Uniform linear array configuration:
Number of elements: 64
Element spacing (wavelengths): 0.5
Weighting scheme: binomial
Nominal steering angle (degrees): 15
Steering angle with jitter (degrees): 13.824
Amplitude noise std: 0.05
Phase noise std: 0.05

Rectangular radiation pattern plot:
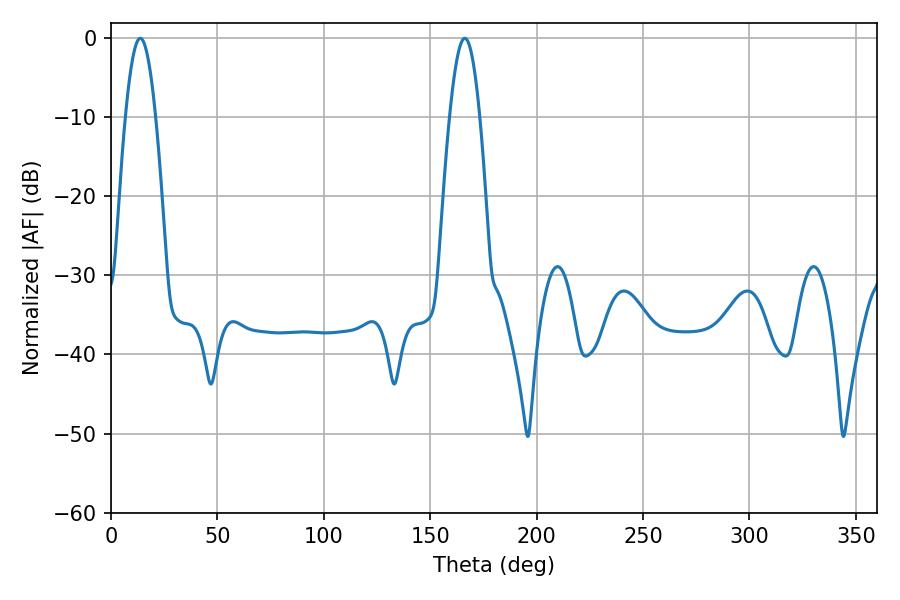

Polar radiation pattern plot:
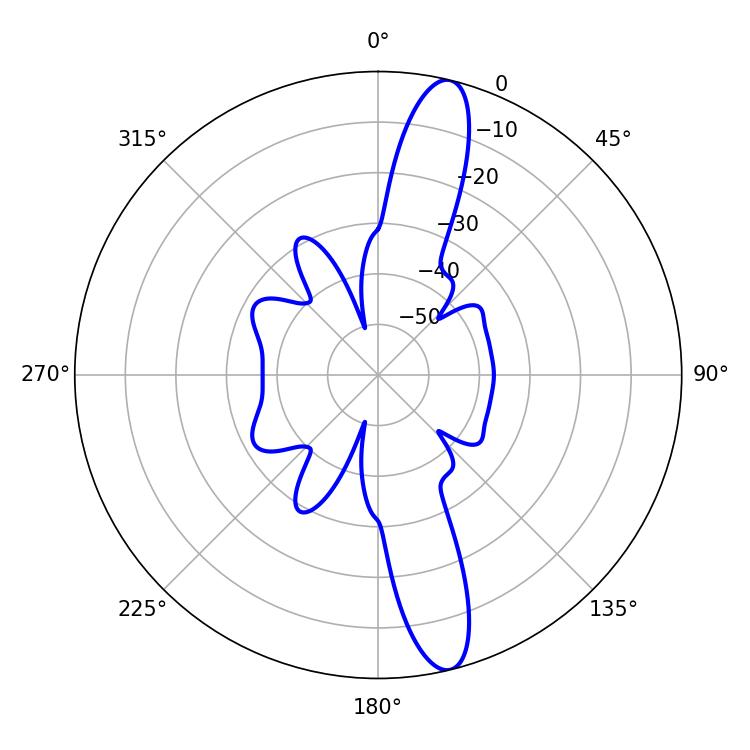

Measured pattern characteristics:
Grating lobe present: FALSE
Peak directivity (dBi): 14.619
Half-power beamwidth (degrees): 7.74
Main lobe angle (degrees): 13.68